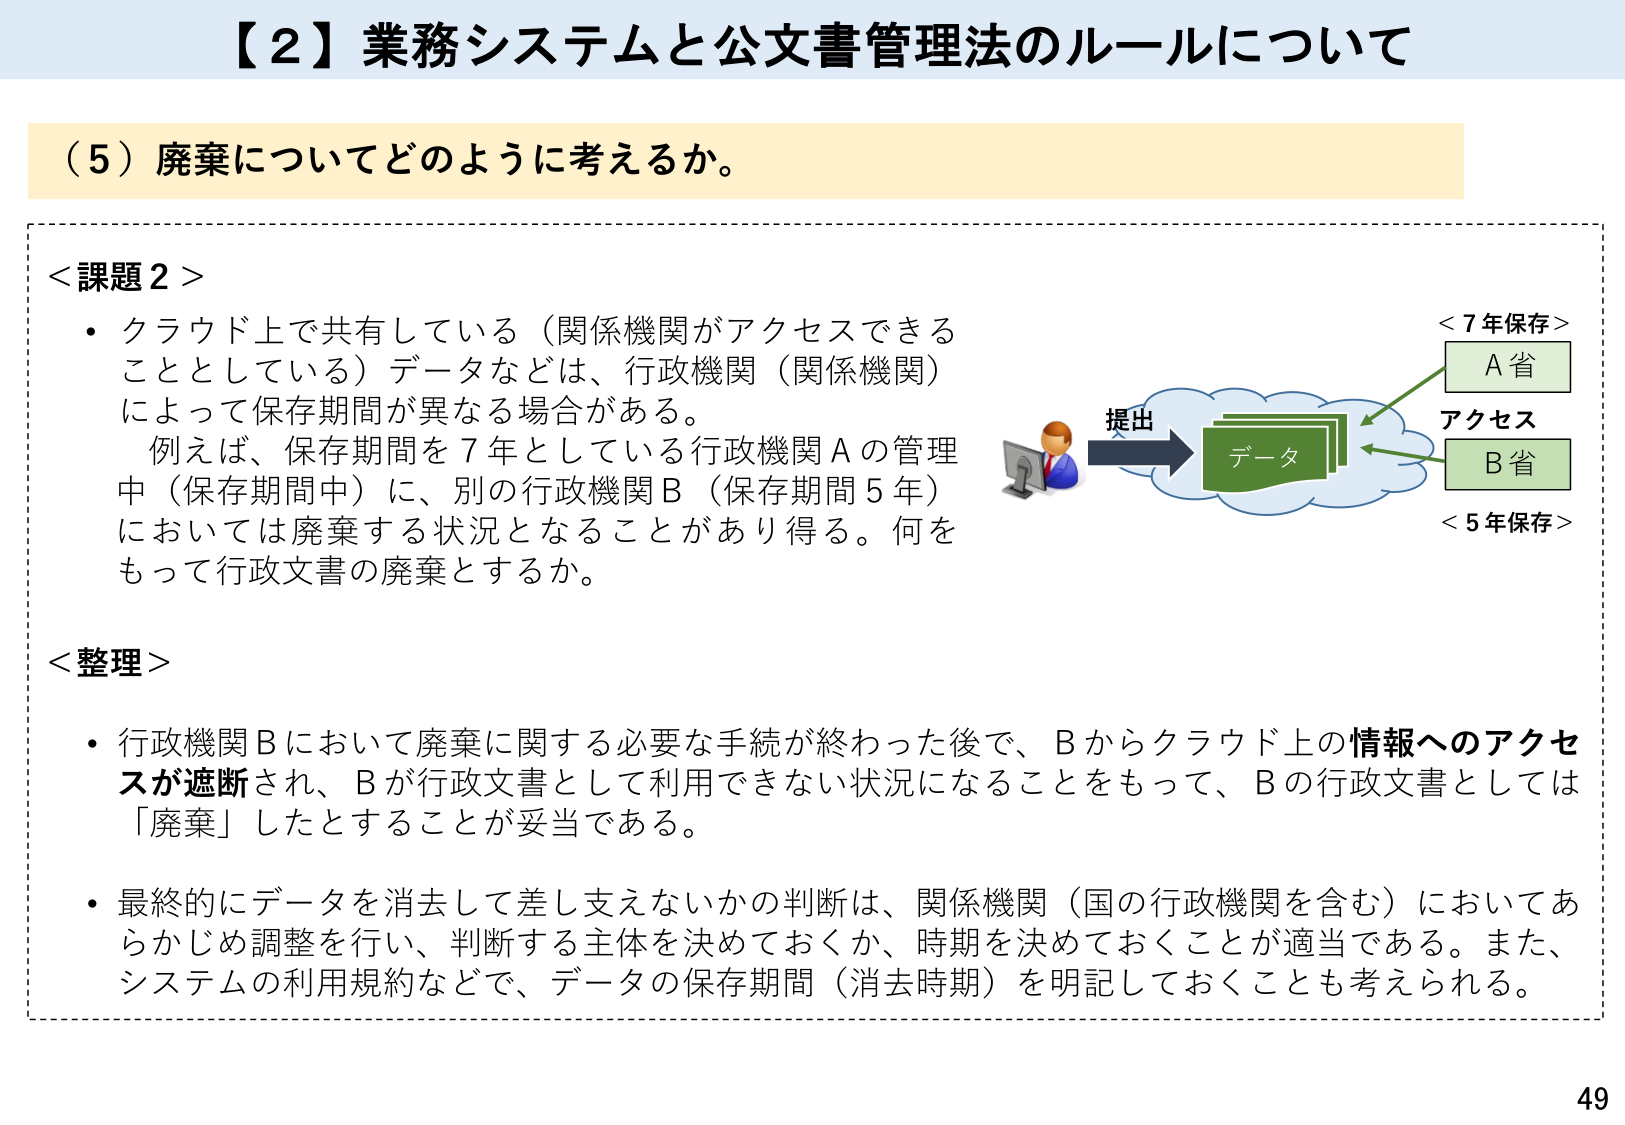
【２】業務システムと公文書管理法のルールについて

（５）廃棄についてどのように考えるか。

＜課題２＞
・クラウド上で共有している（関係機関がアクセスできることとしている）データなどは、行政機関（関係機関）によって保存期間が異なる場合がある。
　例えば、保存期間を７年としている行政機関Ａの管理中（保存期間中）に、別の行政機関Ｂ（保存期間５年）においては廃棄する状況となることがあり得る。何をもって行政文書の廃棄とするか。

＜整理＞
・行政機関Ｂにおいて廃棄に関する必要な手続が終わった後で、Ｂからクラウド上の情報へのアクセスが遮断され、Ｂが行政文書として利用できない状況になることをもって、Ｂの行政文書としては「廃棄」したとすることが妥当である。
・最終的にデータを消去して差し支えないかの判断は、関係機関（国の行政機関を含む）においてあらかじめ調整を行い、判断する主体を決めておくか、時期を決めておくことが適当である。また、システムの利用規約などで、データの保存期間（消去時期）を明記しておくことも考えられる。

提出
データ
＜７年保存＞
Ａ省
アクセス
Ｂ省
＜５年保存＞

49